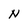
Character: N